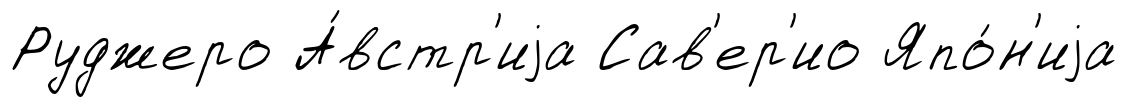
Руджеро А́встр'иjа Сав'ер'ио Япо́н'иjа